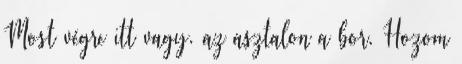
Most végre itt vagy. az asztalon a bor. Hozom